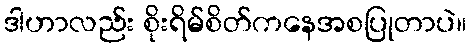
ဒါဟာလည်း စိုးရိမ်စိတ်ကနေအစပြုတာပဲ။